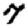
Digit: 7